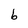
Character: b